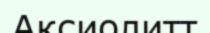
Аксиолитт